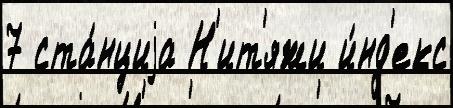
7 ста́нциjа Н'ит'яжи и́нд'екс